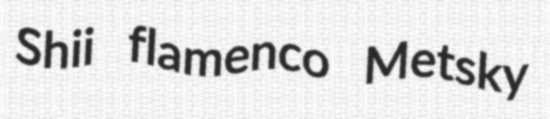
Shii flamenco Metsky